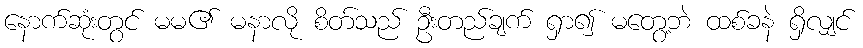
နောက်ဆုံးတွင် မမ၏ မနာလို စိတ်သည် ဦးတည်ချက် ရှာ၍ မတွေ့ဘဲ ထစ်ခနဲ ရှိလျှင်